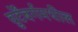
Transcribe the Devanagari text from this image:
वुर्टेंबर्गमधील